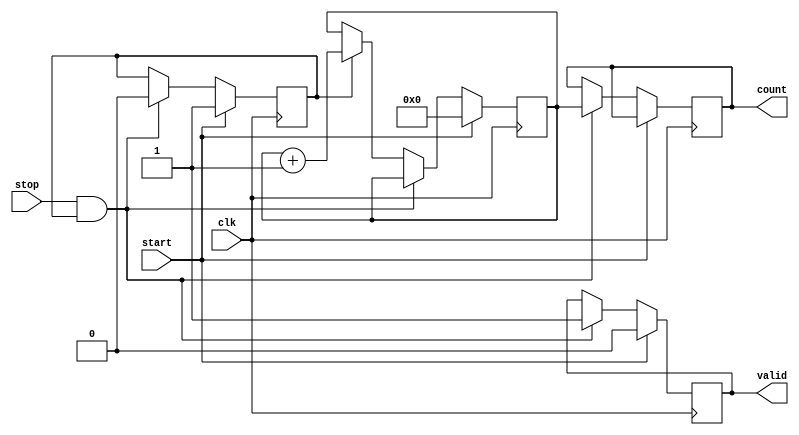
module TDC (
    input wire clk,           // Clock signal
    input wire start,         // Start signal
    input wire stop,          // Stop signal
    output reg [N-1:0] count, // Output count register
    output reg valid          // Output valid signal
);
    parameter N = 8;          // Number of bits for the count register
    parameter DELAY_STAGES = 16; // Number of delay stages in the delay line

    reg [DELAY_STAGES-1:0] delay_line; // Delay line
    reg [N-1:0] counter;                // Counter for clock cycles
    reg measuring;                      // Measuring state flag

    // Initialize outputs
    initial begin
        count = 0;
        valid = 0;
        measuring = 0;
        delay_line = 0;
    end

    // Control Logic
    always @(posedge clk) begin
        if (start) begin
            // Reset counter and start measuring
            counter <= 0;
            valid <= 0;
            measuring <= 1;
            delay_line <= 0; // Reset delay line
        end else if (stop && measuring) begin
            // Stop measuring and store count
            count <= counter;
            valid <= 1; // Indicate valid output
            measuring <= 0;
        end else if (measuring) begin
            // Increment counter on clock cycles
            counter <= counter + 1;
            // Sample the delay line (for demonstration, we just shift)
            delay_line <= {delay_line[DELAY_STAGES-2:0], 1'b1}; // Shift in a '1'
        end
    end

    // Optional: Calibration mechanism can be added here

endmodule